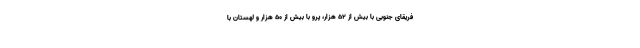
فریقای جنوبی با بیش از ۵۲ هزار، پرو با بیش از ۵۰ هزار و لهستان با